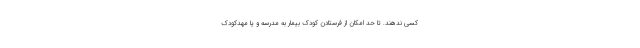
کسی ندهند. تا حد امکان از فرستادن کودک بیمار به مدرسه و یا مهدکودک